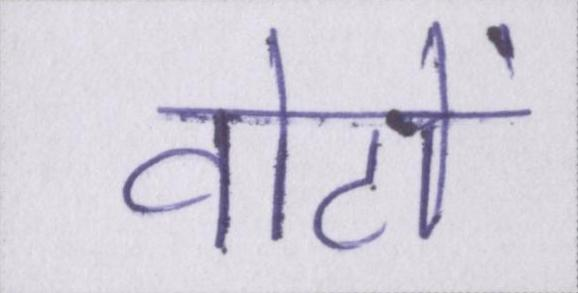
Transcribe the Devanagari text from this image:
वोटों